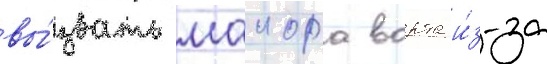
вы́звать маиора ворта и́з-за